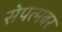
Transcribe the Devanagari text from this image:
सेपत्मबर